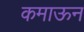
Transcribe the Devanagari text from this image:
कमाऊन